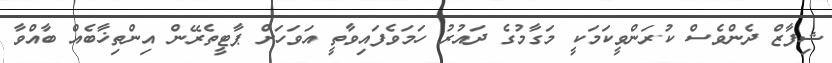
ޝިފާޒް ދެންވެސް ކުރަންވީކަމަކީ މަގާމުގެ ދައުރު ހަމަވެފައިވާތީ އަވަހަށް ޕާޓީތެރޭން އިންތިޚާބެއް ބާއްވާ